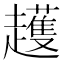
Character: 𧾛